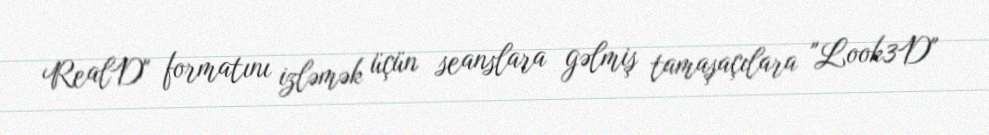
RealD" formatını izləmək üçün seanslara gəlmiş tamaşaçılara "Look3D"